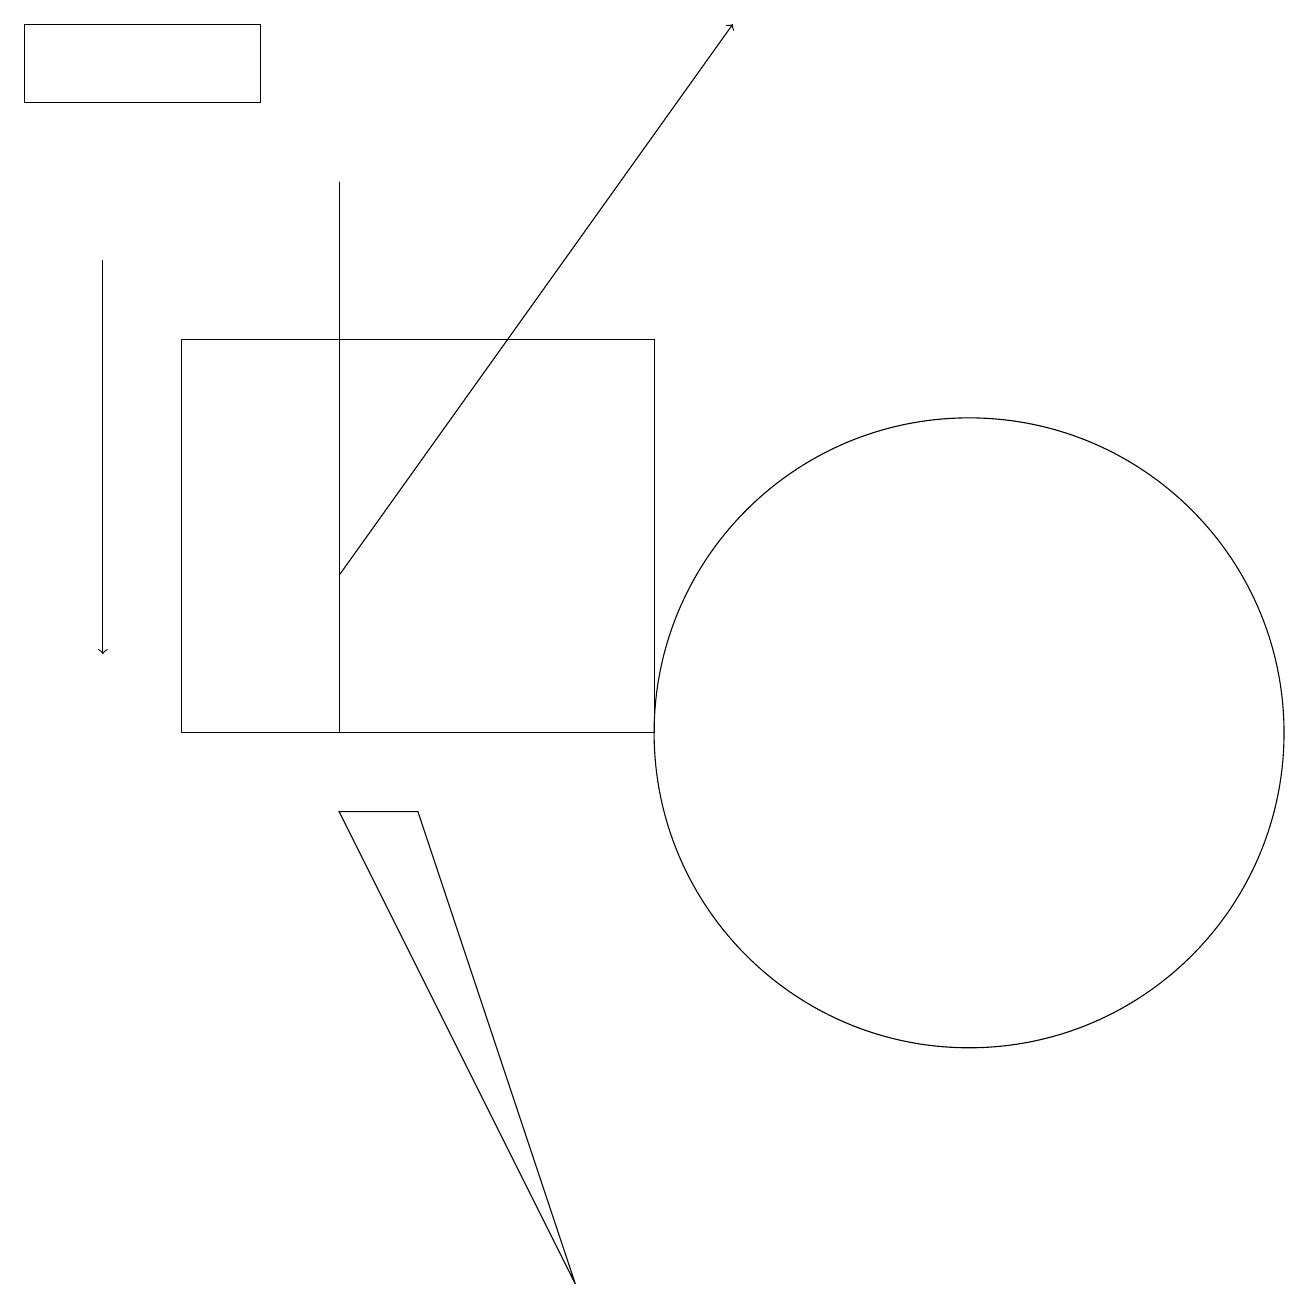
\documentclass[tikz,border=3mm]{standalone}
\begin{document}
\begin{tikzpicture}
\draw (12,10) circle (4);
\draw[->] (4,12) -- (9,19);
\draw (0,19) rectangle (3,18);
\draw (4,9) -- (7,3) -- (5,9) -- cycle;
\draw (2,15) rectangle (8,10);
\draw (4,17) rectangle (4,10);
\draw (4,10) rectangle (2,10);
\draw[->] (1,16) -- (1,11);
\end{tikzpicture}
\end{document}